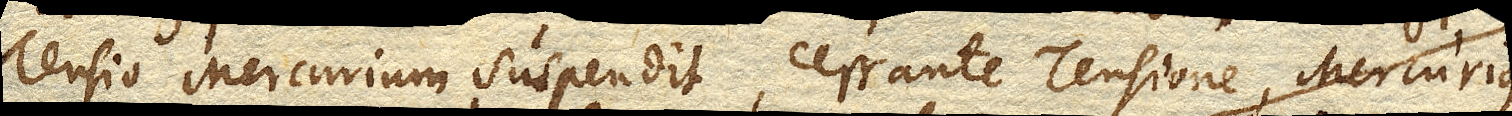
Tensio Mercurium suspendit, cessante Tensione, Mercurius